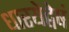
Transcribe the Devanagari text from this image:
धारयेद्वेषं